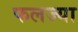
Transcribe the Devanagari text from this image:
फलज्या